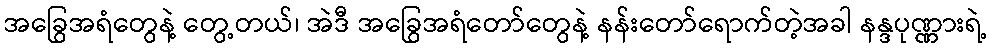
အခြွေအရံတွေနဲ့ တွေ့တယ်၊ အဲဒီ အခြွေအရံတော်တွေနဲ့ နန်းတော်ရောက်တဲ့အခါ နန္ဒပုဏ္ဏားရဲ့